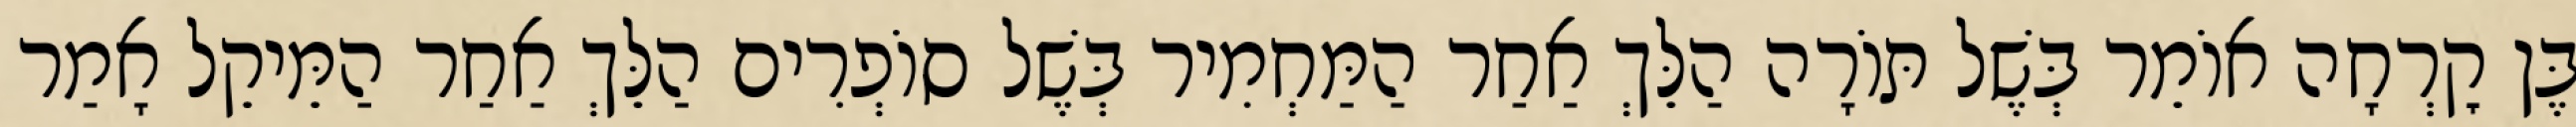
בֶּן קׇרְחָה אוֹמֵר בְּשֶׁל תּוֹרָה הַלֵּךְ אַחַר הַמַּחְמִיר בְּשֶׁל סוֹפְרִים הַלֵּךְ אַחַר הַמֵּיקֵל אָמַר